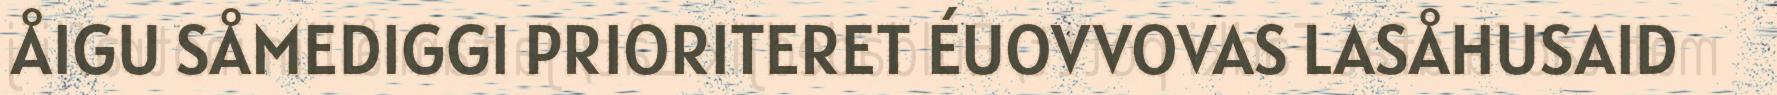
ÅIGU SÅMEDIGGI PRIORITERET ÉUOVVOVAS LASÅHUSAID